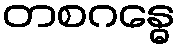
တစဂန္ဓေ